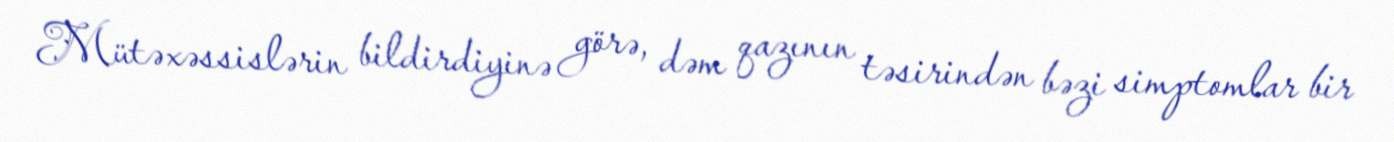
Mütəxəssislərin bildirdiyinə görə, dəm qazının təsirindən bəzi simptomlar bir